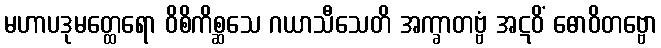
မဟာပဒုမတ္ထေရော ဝိစိကိစ္ဆသေ ဂယာသီသေတိ အက္ခာတဗ္ဗံ အဋဝိံ ဓောဝိတဗ္ဗော